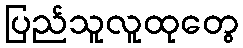
ပြည်သူလူထုတွေ